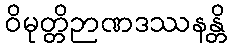
ဝိမုတ္တိဉာဏဒဿနန္တိ